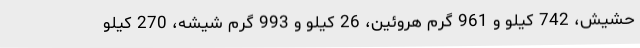
حشیش، 742 کیلو و 961 گرم هروئین، 26 کیلو و 993 گرم شیشه، 270 کیلو